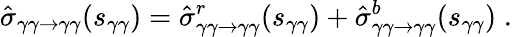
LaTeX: \hat{\sigma}_{\gamma\gamma\rightarrow\gamma\gamma}(s_{\gamma\gamma})=\hat{\sigma}_{\gamma\gamma\rightarrow\gamma\gamma}^{r}(s_{\gamma\gamma})+\hat{\sigma}_{\gamma\gamma\rightarrow\gamma\gamma}^{b}(s_{\gamma\gamma})\; .